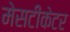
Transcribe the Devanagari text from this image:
मेसटीकेटर